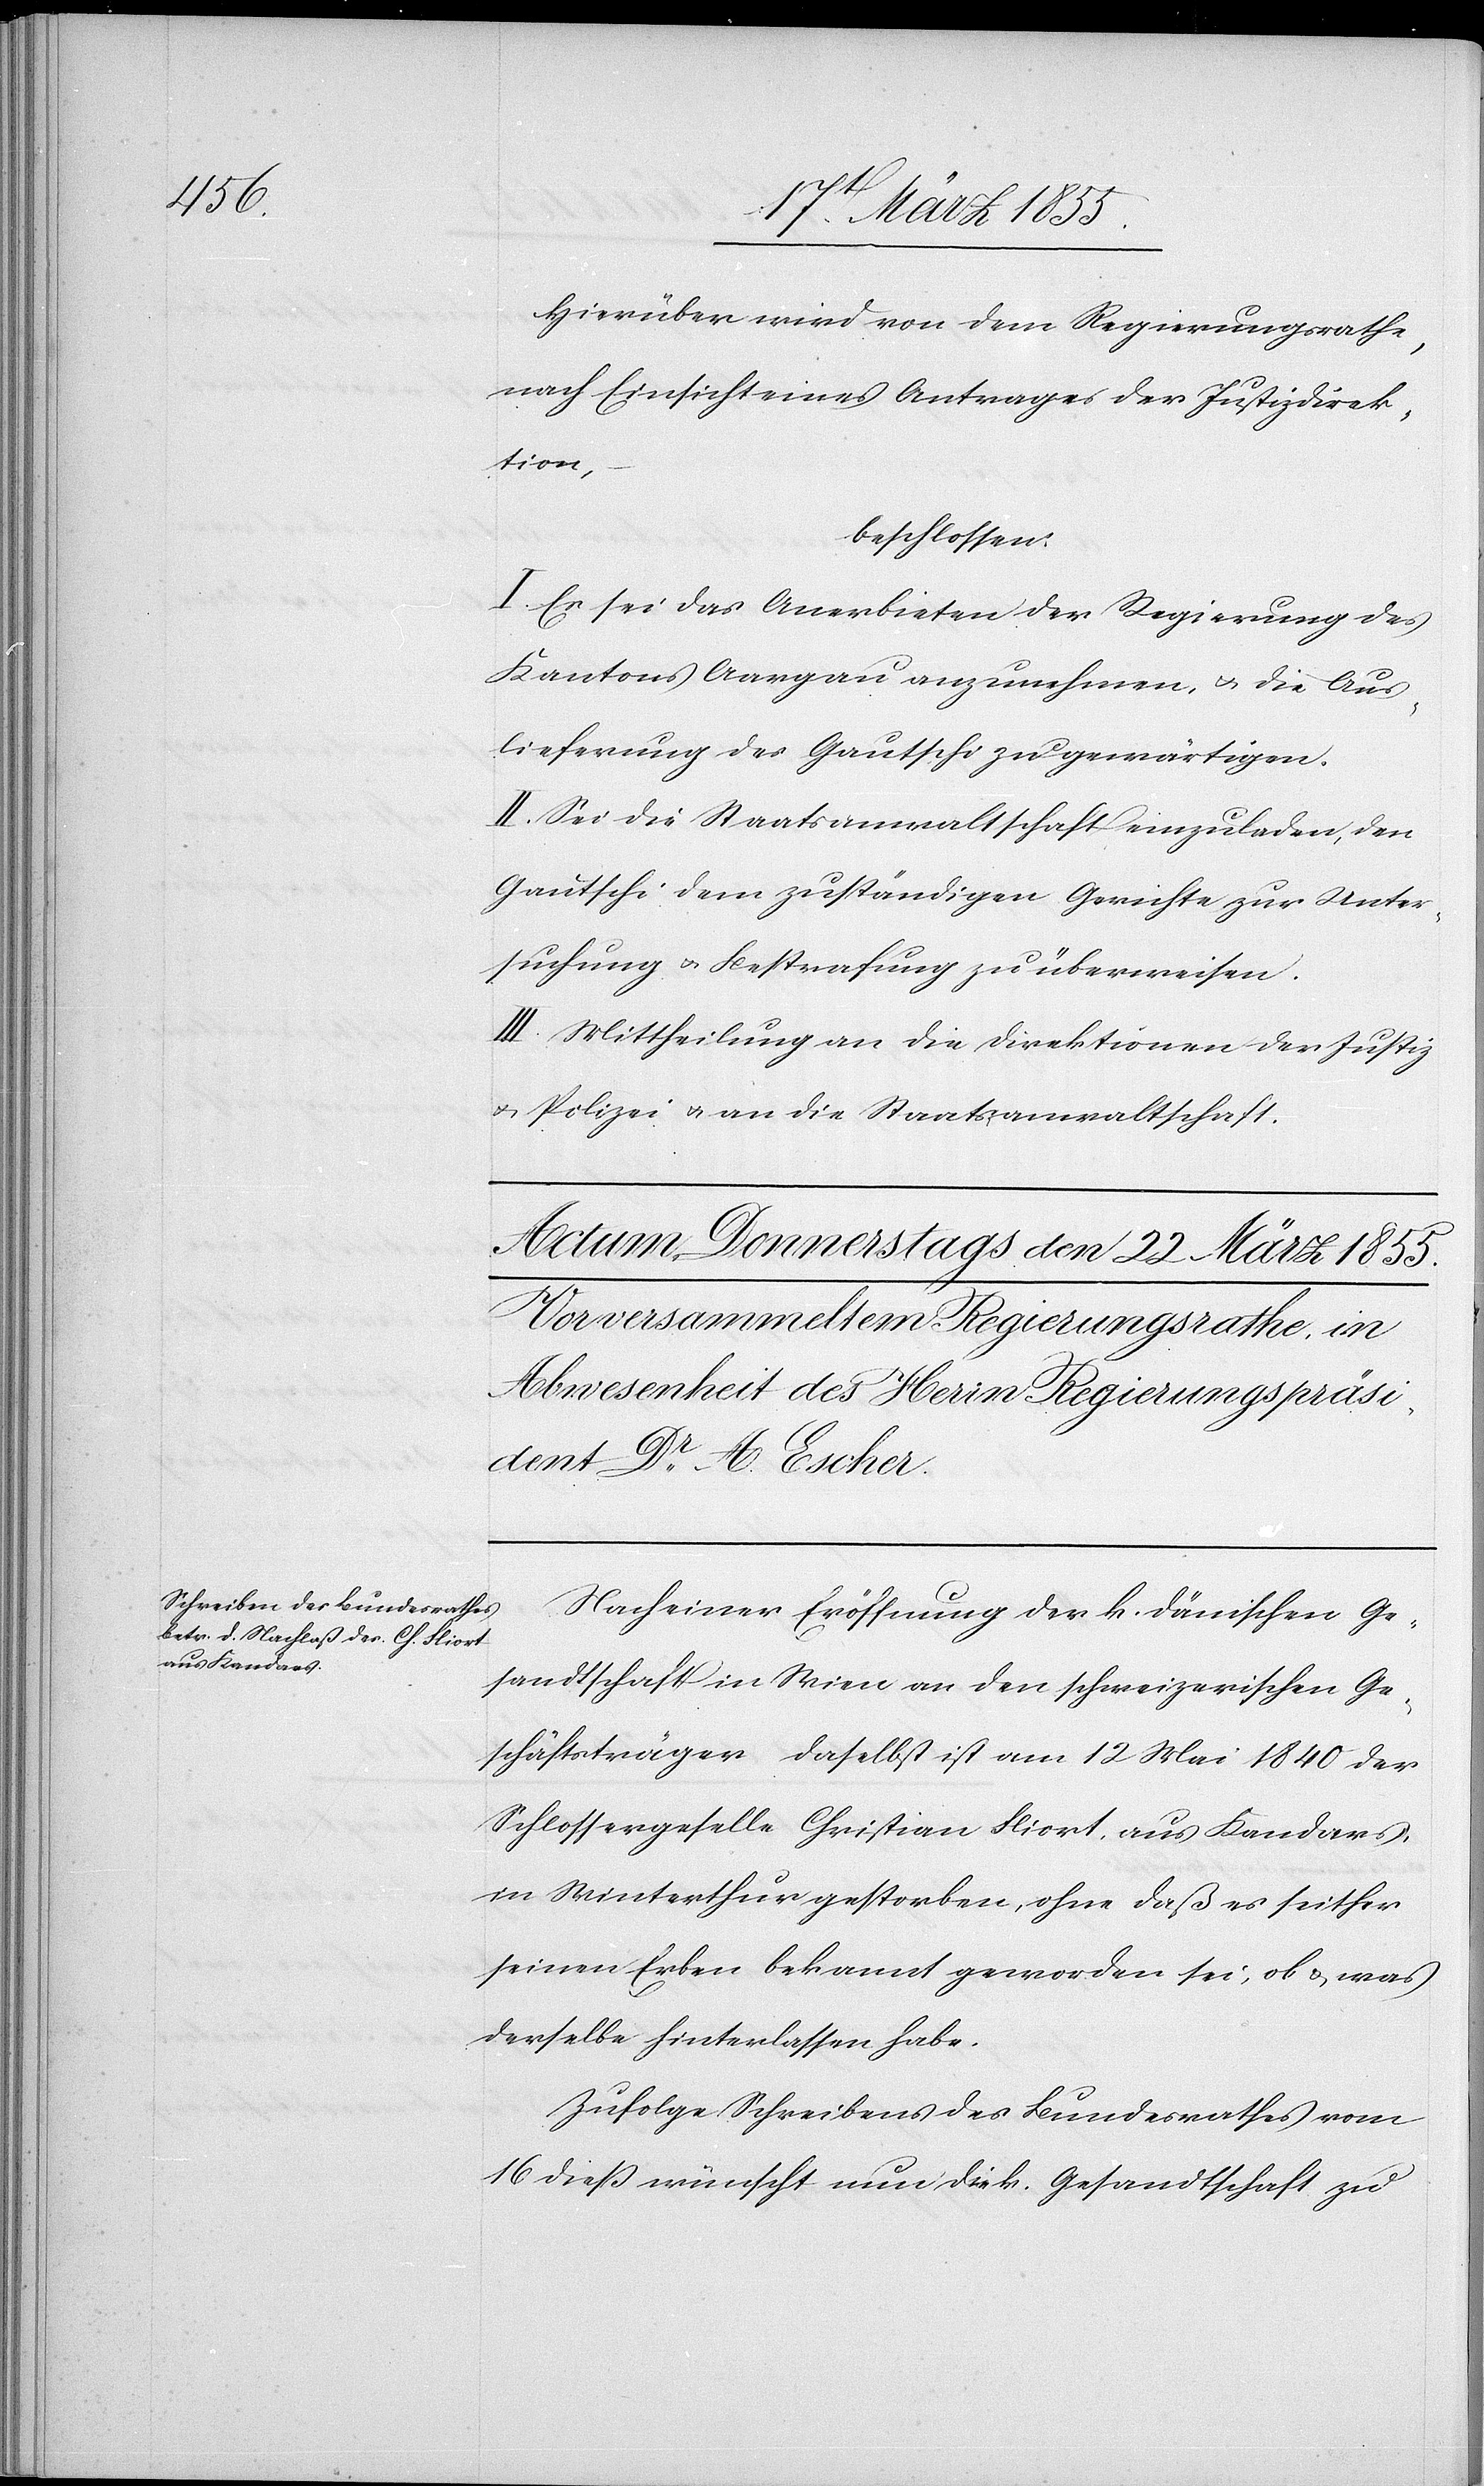
Hierüber wird von dem Regierungsrathe,
nach Einsicht eines Antrages der Justizdirek¬
tion,
beschlossen:
I. Es sei das Anerbieten der Regierung des
Kantons Aargau anzunehmen, & die Aus¬
lieferung des Gautschi zu gewärtigen.
II. Sei die Staatsanwaltschaft einzuladen, den
Gautschi dem zuständigen Gerichte zur Unter¬
suchung & Bestrafung zu überweisen.
III. Mittheilung an die Direktionen der Justiz
& Polizei & an die Staatsanwaltschaft.
Nach einer Eröffnung der k. dänischen Ge¬
sandtschaft in Wien an den schweizerischen Ge¬
schäftsträger daselbst ist am 12 Mai 1840 der
Schlossergeselle Christian Fliort, aus Kandars,
in Winterthur gestorben, ohne daß es seither
seinen Erben bekannt geworden sei, ob & was
derselbe hinterlassen habe.
Zufolge Schreibens des Bundesrathes vom
16 dieß wünscht nun die k. Gesandtschaft zu